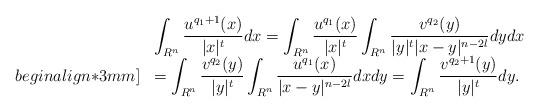
LaTeX: \begin{align*} \begin{array}{ll}&\displaystyle\int_{R^n}\frac{u^{q_1+1}(x)}{|x|^t}dx=\int_{R^n}\frac{u^{q_1}(x)}{|x|^t}\int_{R^{n}} \frac{v^{q_2}(y)}{|y|^{t}|x-y|^{n-2l}} dydx\\begin{align*}3mm]&=\displaystyle\int_{R^n}\frac{v^{q_2}(y)}{|y|^{t}}\int_{R^{n}} \frac{u^{q_1}(x)}{|x-y|^{n-2l}} dx dy=\int_{R^n}\frac{v^{q_2+1}(y)}{|y|^t}dy.\end{array}\end{align*}